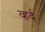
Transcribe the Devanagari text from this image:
व्हर्द